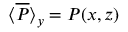
\langle \overline { { P } } \rangle _ { y } = P ( x , z )